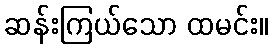
ဆန်းကြယ်သော ထမင်း။